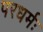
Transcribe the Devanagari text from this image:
परधर्मः